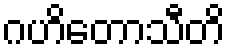
ဂဟိတောသီတိ